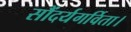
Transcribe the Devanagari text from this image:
सौंदर्यगर्विता।